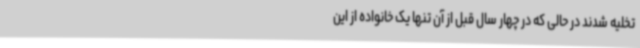
تخلیه شدند در حالی که در چهار سال قبل از آن تنها یک خانواده از این